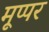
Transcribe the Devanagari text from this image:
मूप्पर